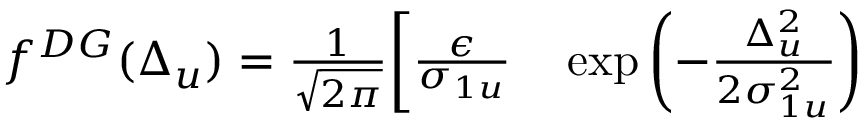
\begin{array} { r l } { f ^ { D G } ( \Delta _ { u } ) = \frac { 1 } { \sqrt { 2 \pi } } \bigg [ \frac { \epsilon } { \sigma _ { 1 u } } } & { { } \exp \left( - \frac { \Delta _ { u } ^ { 2 } } { 2 \sigma _ { 1 u } ^ { 2 } } \right) } \end{array}